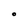
Character: O